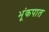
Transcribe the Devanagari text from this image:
भूंकपात